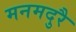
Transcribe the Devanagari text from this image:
मनमदुरै